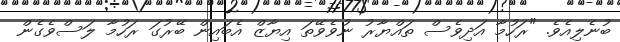
ބުނެލިއެވެ. "ރަހުމާ އަދިވެސް ތައްޔާރު ނުވެވޭތަ އިޔާޒް އެބައިން ބޭރުގަ ރަހުމާ ލަސްވެގެން